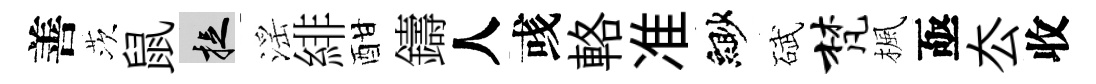
善茨鼠捉滛緋酣鑄人彧輅准緲碔梵楓亟厺收